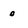
Character: 0